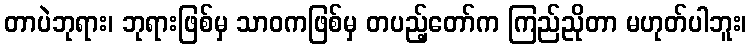
တာပဲဘုရား၊ ဘုရားဖြစ်မှ သာဝကဖြစ်မှ တပည့်တော်က ကြည်ညိုတာ မဟုတ်ပါဘူး၊